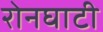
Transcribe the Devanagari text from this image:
रोनघाटी